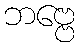
ဘဗ္ဗေ